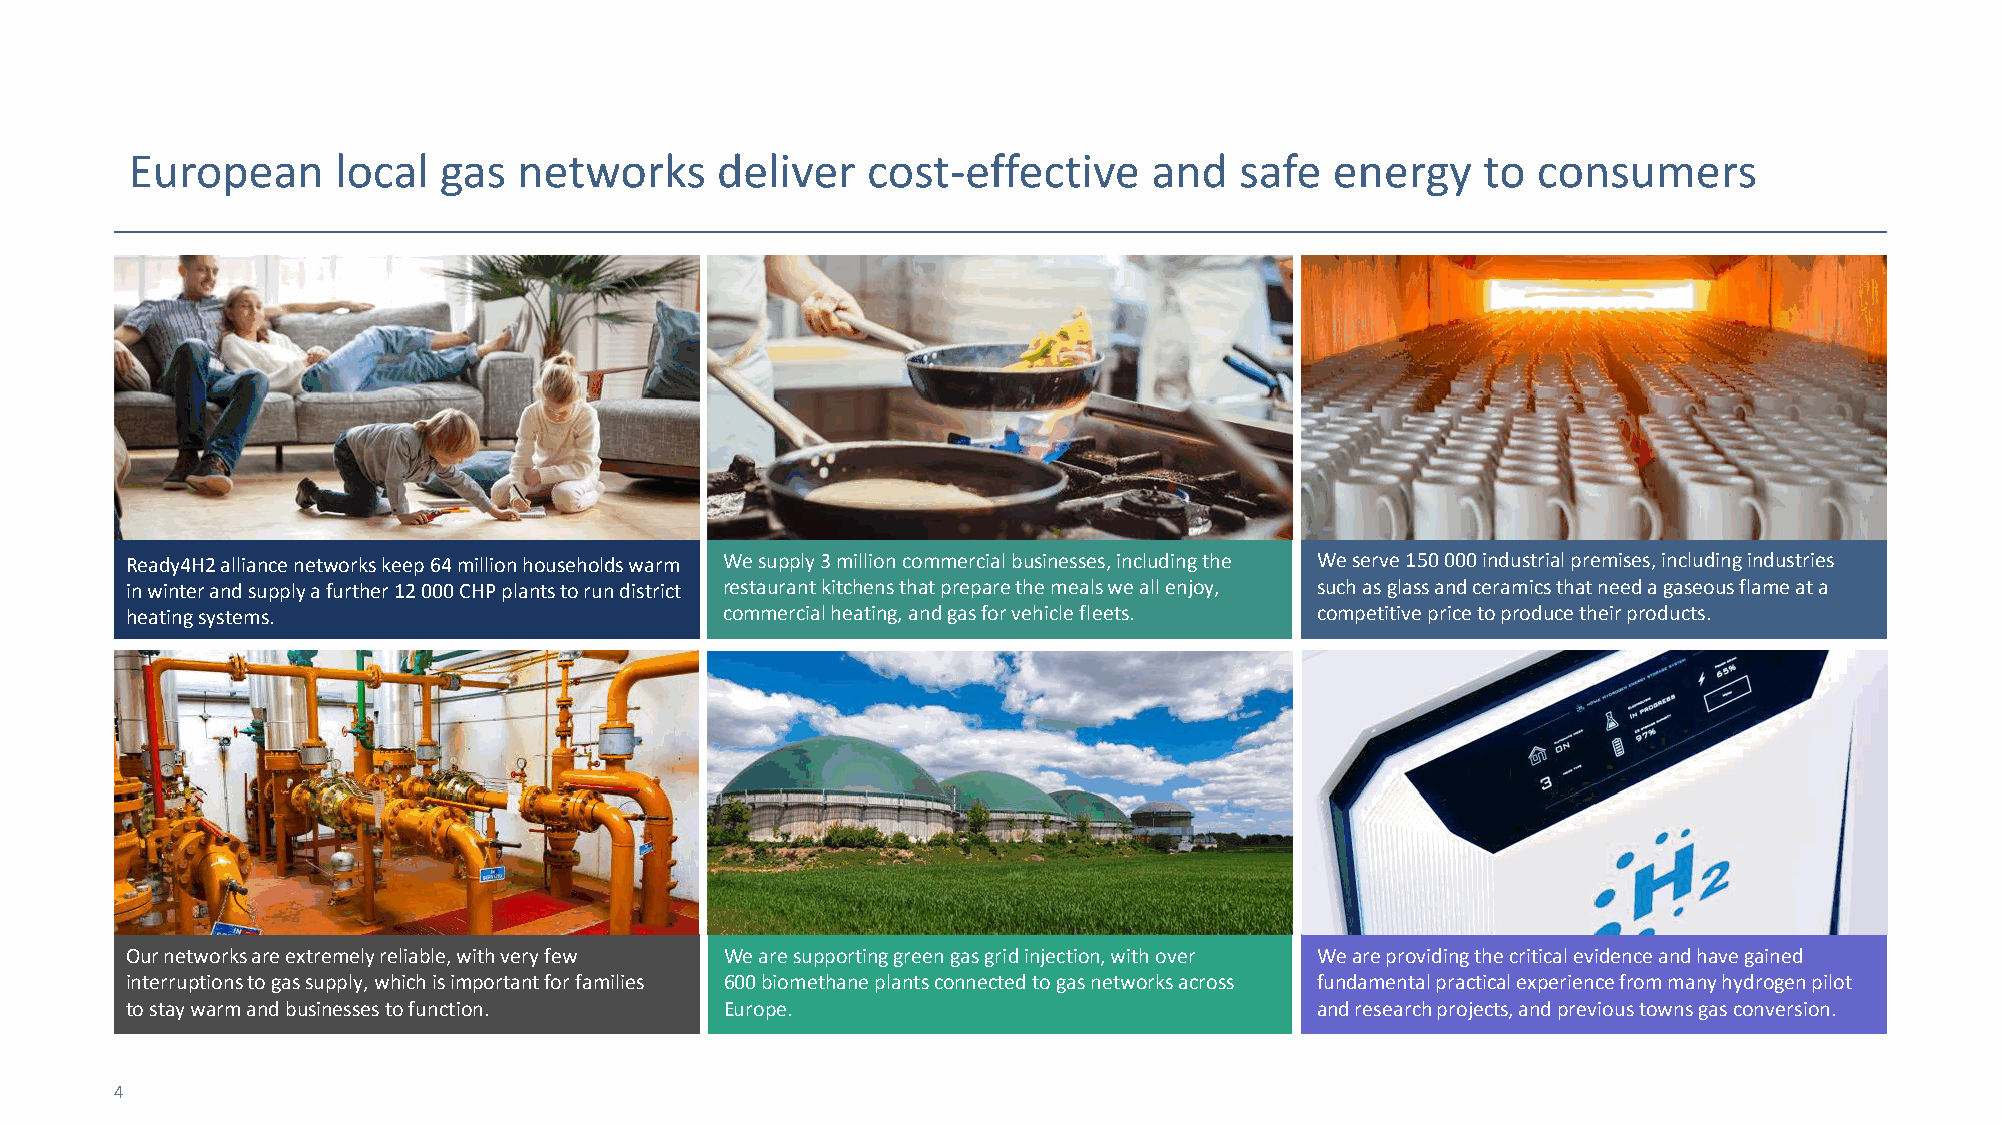
European      local  gas  networks     deliver   cost-effective     and   safe  energy    to  consumers
 Ready4H2 alliance networks keep 64 million households warm We supply 3 million commercial businesses, including the We serve 150 000 industrial premises, including industries
 in winter and supply a further 12 000 CHP plants to run district restaurant kitchens that prepare the meals we all enjoy, such as glass and ceramics that need a gaseous flame at a
 heating systems.                        commercial heating, and gas for vehicle fleets. competitive price to produce their products.
 Our networks are extremely reliable, with very few We are supporting green gas grid injection, with over We are providing the critical evidence and have gained
 interruptions to gas supply, which is important for families 600 biomethane plants connected to gas networks across fundamental practical experience from many hydrogen pilot
 to stay warm and businesses to function. Europe.                               and research projects, and previous towns gas conversion.
 4